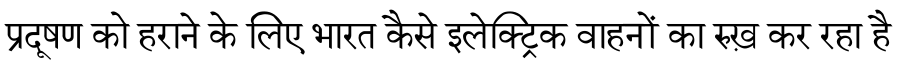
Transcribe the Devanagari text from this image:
प्रदूषण को हराने के लिए भारत कैसे इलेक्ट्रिक वाहनों का रुख़ कर रहा है